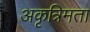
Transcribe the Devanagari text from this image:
अकृत्रिमता